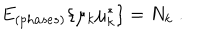
E _ { ( p h a s e s ) } \{ \mu _ { k } \mu _ { k } ^ { \ast } \} = N _ { k } \; .